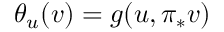
\theta _ { u } ( v ) = g ( u , \pi _ { * } v )